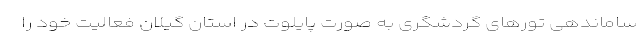
ساماندهی تورهای گردشگری به صورت پایلوت در استان گیلان فعالیت خود را